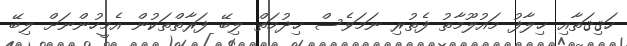
ހަޤިޤަތާއި ޚިލާފު މައުލޫމާތު ފެތުރި ނަމަވެސް ޚިދުމަތް ލިބޭ ފަރާތްތަކުން އެމީހުންނަށް ލިބޭ